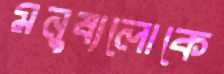
মনুষ্যলোকে